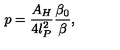
p = { \frac { A _ { H } } { 4 l _ { P } ^ { 2 } } } { \frac { \beta _ { 0 } } { \beta } } ,